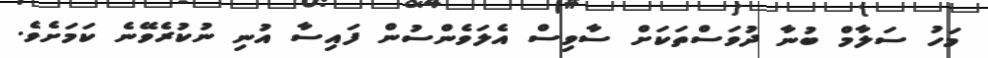
މަހު ސަލާމް ބުނާ ދުވަސްތަކަށް ސާވިސް އެލަވެންސުން ފައިސާ އުނި ނުކުރެވޭނެ ކަމަށެވެ.